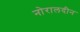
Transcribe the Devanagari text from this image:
नोरालदीन